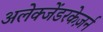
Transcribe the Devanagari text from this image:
अलेक्जेंडरकेज़र्न